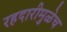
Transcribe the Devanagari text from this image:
रहदारीमुळेच